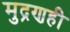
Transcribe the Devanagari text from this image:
मुद्रणही